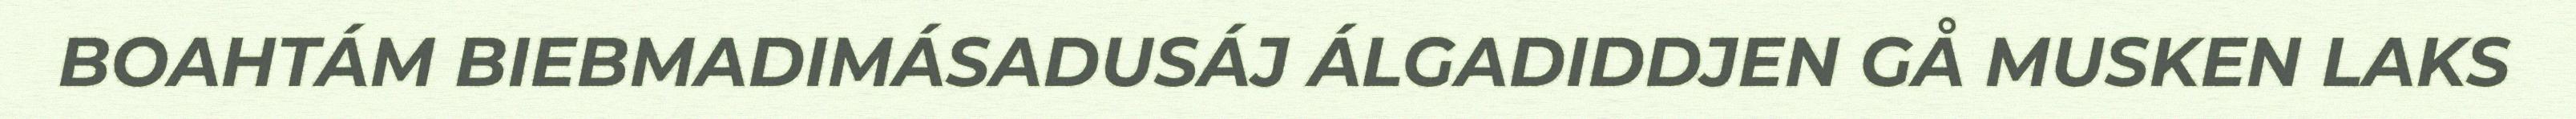
BOAHTÁM BIEBMADIMÁSADUSÁJ ÁLGADIDDJEN GÅ MUSKEN LAKS